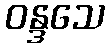
ဝန္ဒသေ